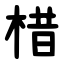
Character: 棤